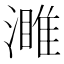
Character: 濉